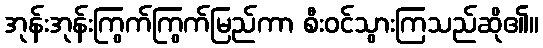
အုန်းအုန်းကြွက်ကြွက်မြည်ကာ စီးဝင်သွားကြသည်ဆို၏။